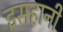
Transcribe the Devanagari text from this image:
इसहानी